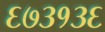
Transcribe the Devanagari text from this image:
६७३१३६